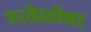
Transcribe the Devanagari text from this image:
परतेस्तोवर